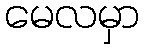
မေလမှာ